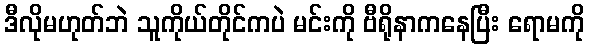
ဒီလိုမဟုတ်ဘဲ သူကိုယ်တိုင်ကပဲ မင်းကို ဗီရိုနာကနေပြီး ရောမကို